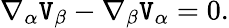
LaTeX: \nabla_{\alpha}\mathtt{V}_{\beta}-\nabla_{\beta}\mathtt{V}_{\alpha}=0.